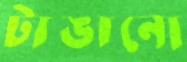
টাঙানো